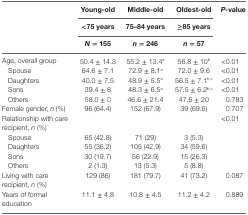
|  | Young-old | Middle-old | Oldest-old | P-value |
 |  | <75 years | 75–84 years | ≥85 years |  |
 |  | N = 155 | n = 246 | n = 57 |  |
 | --- | --- | --- | --- | --- |
 | Age, overall group | 50.4 ± 14.3 | 55.2 ± 13.4a | 56.8 ± 10b | <0.01 |
 | Spouse | 64.6 ± 7.1 | 72.9 ± 8.1a | 72.0 ± 9.6 | <0.01 |
 | Daughters | 40.0 ± 7.5 | 48.9 ± 5.5a | 56.5 ± 7.1b,c | <0.01 |
 | Sons | 39.4 ± 8 | 48.3 ± 6.5a | 57.5 ± 6.2b,c | <0.01 |
 | Others | 58.0 ± 0 | 46.6 ± 21.4 | 47.6 ± 20 | 0.783 |
 | Female gender, n (%) | 96 (64.4) | 152 (67.9) | 39 (69.6) | 0.707 |
 | Relationship with care recipient, n (%) |  |  |  | <0.01 |
 | Spouse | 65 (42.8) | 71 (29) | 3 (5.3) |  |
 | Daughters | 55 (36.2) | 105 (42.9) | 34 (59.6) |  |
 | Sons | 30 (19.7) | 56 (22.9) | 15 (26.3) |  |
 | Others | 2 (1.3) | 13 (5.3) | 5 (8.8) |  |
 | Living with care recipient, n (%) | 129 (86) | 181 (79.7) | 41 (73.2) | 0.087 |
 | Years of formal education | 11.1 ± 4.8 | 10.8 ± 4.5 | 11.2 ± 4.2 | 0.889 |